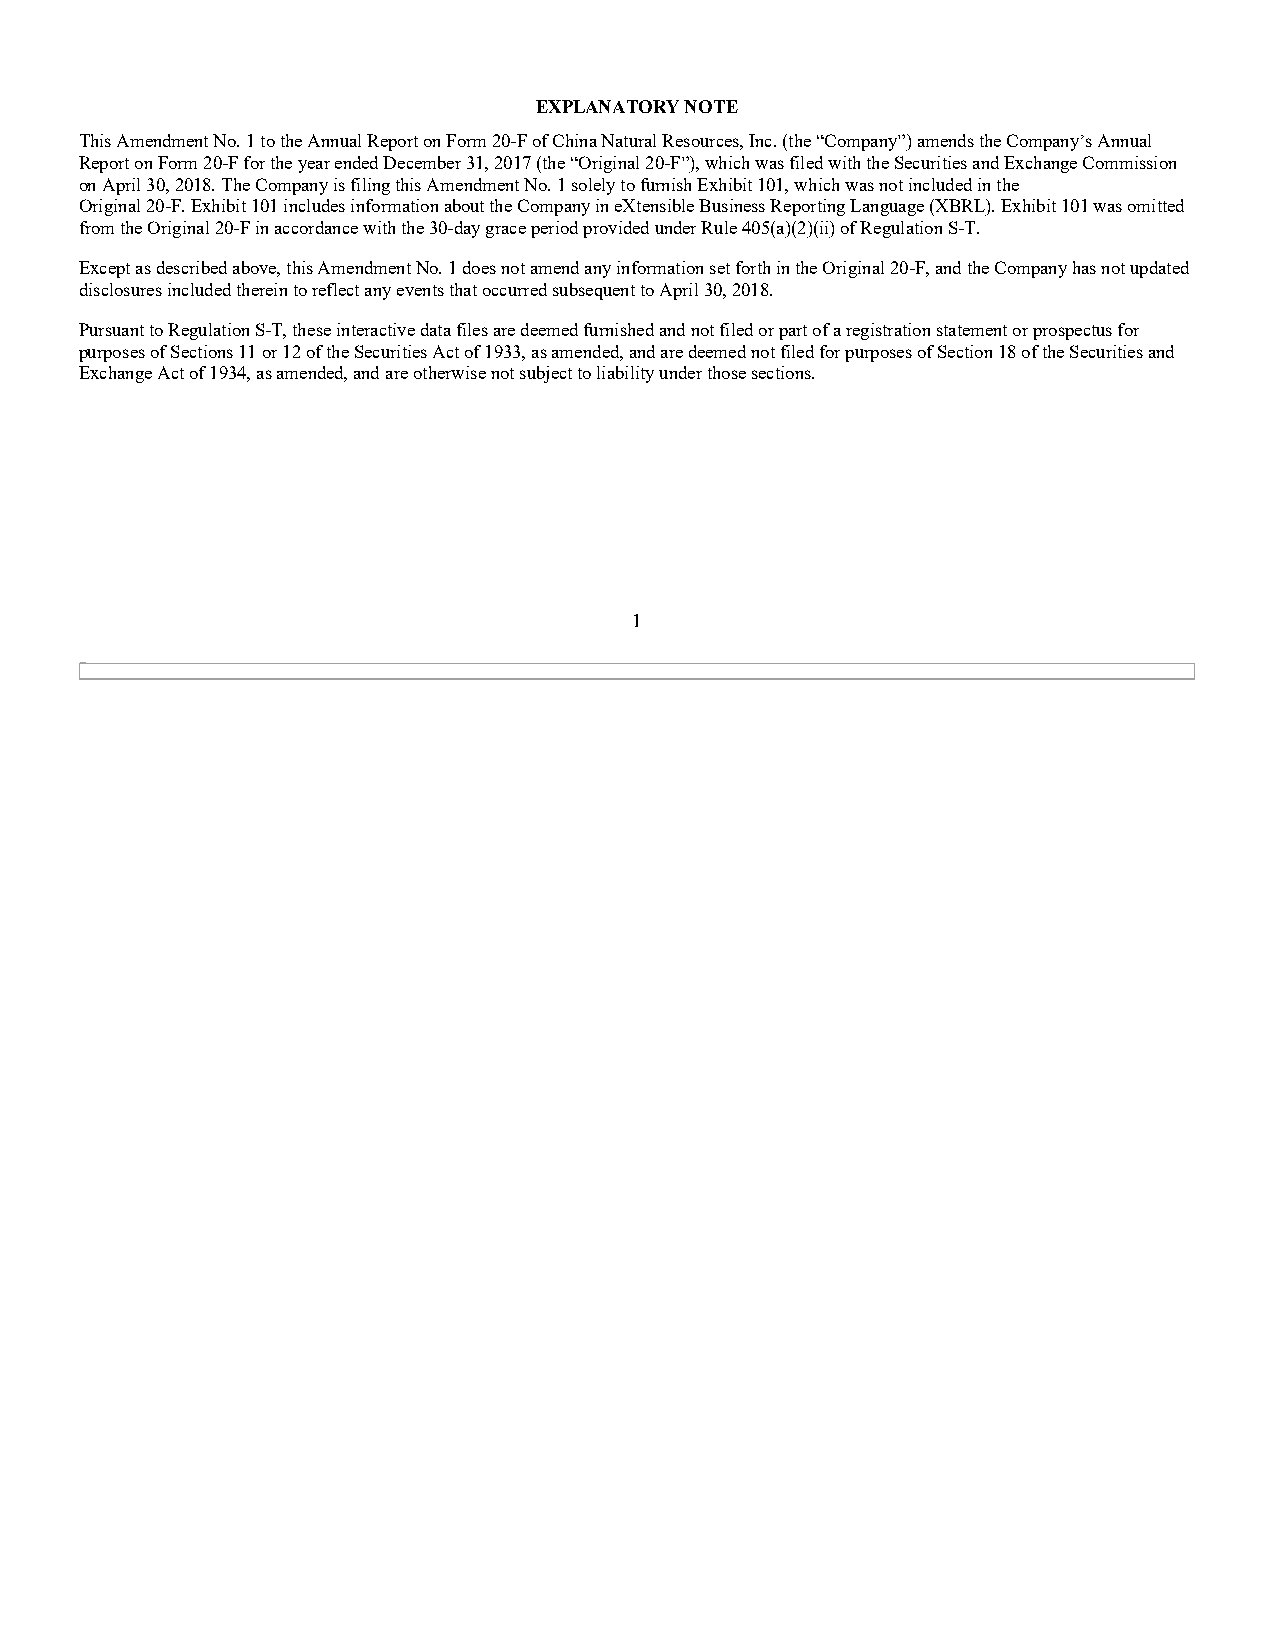
EXPLANATORY NOTE
 This Amendment No. 1 to the Annual Report on Form 20-F of China Natural Resources, Inc. (the “Company”) amends the Company’s Annual
 Report on Form 20-F for the year ended December 31, 2017 (the “Original 20-F”), which was filed with the Securities and Exchange Commission
 on April 30, 2018. The Company is filing this Amendment No. 1 solely to furnish Exhibit 101, which was not included in the
 Original 20-F. Exhibit 101 includes information about the Company in eXtensible Business Reporting Language (XBRL). Exhibit 101 was omitted
 from the Original 20-F in accordance with the 30-day grace period provided under Rule 405(a)(2)(ii) of Regulation S-T.
 Except as described above, this Amendment No. 1 does not amend any information set forth in the Original 20-F, and the Company has not updated
 disclosures included therein to reflect any events that occurred subsequent to April 30, 2018.
 Pursuant to Regulation S-T, these interactive data files are deemed furnished and not filed or part of a registration statement or prospectus for
 purposes of Sections 11 or 12 of the Securities Act of 1933, as amended, and are deemed not filed for purposes of Section 18 of the Securities and
 Exchange Act of 1934, as amended, and are otherwise not subject to liability under those sections.
 1